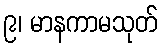
၉၊ မာနကာမသုတ်